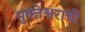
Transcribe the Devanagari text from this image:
मुक्तेश्वराची